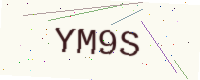
Text: YM9S